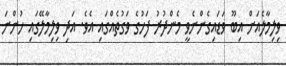
ވިލިމާލެއަށް އިބޫ ވަޑައިގެންނެވީ މެންދުރު ފަހުގެ ވަގުތެއްގައި އެވެ. އަދި ވިލިމާލޭގައި ހުންނަ